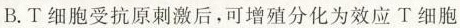
B.T细胞受抗原刺激后，可增殖分化为效应T细胞